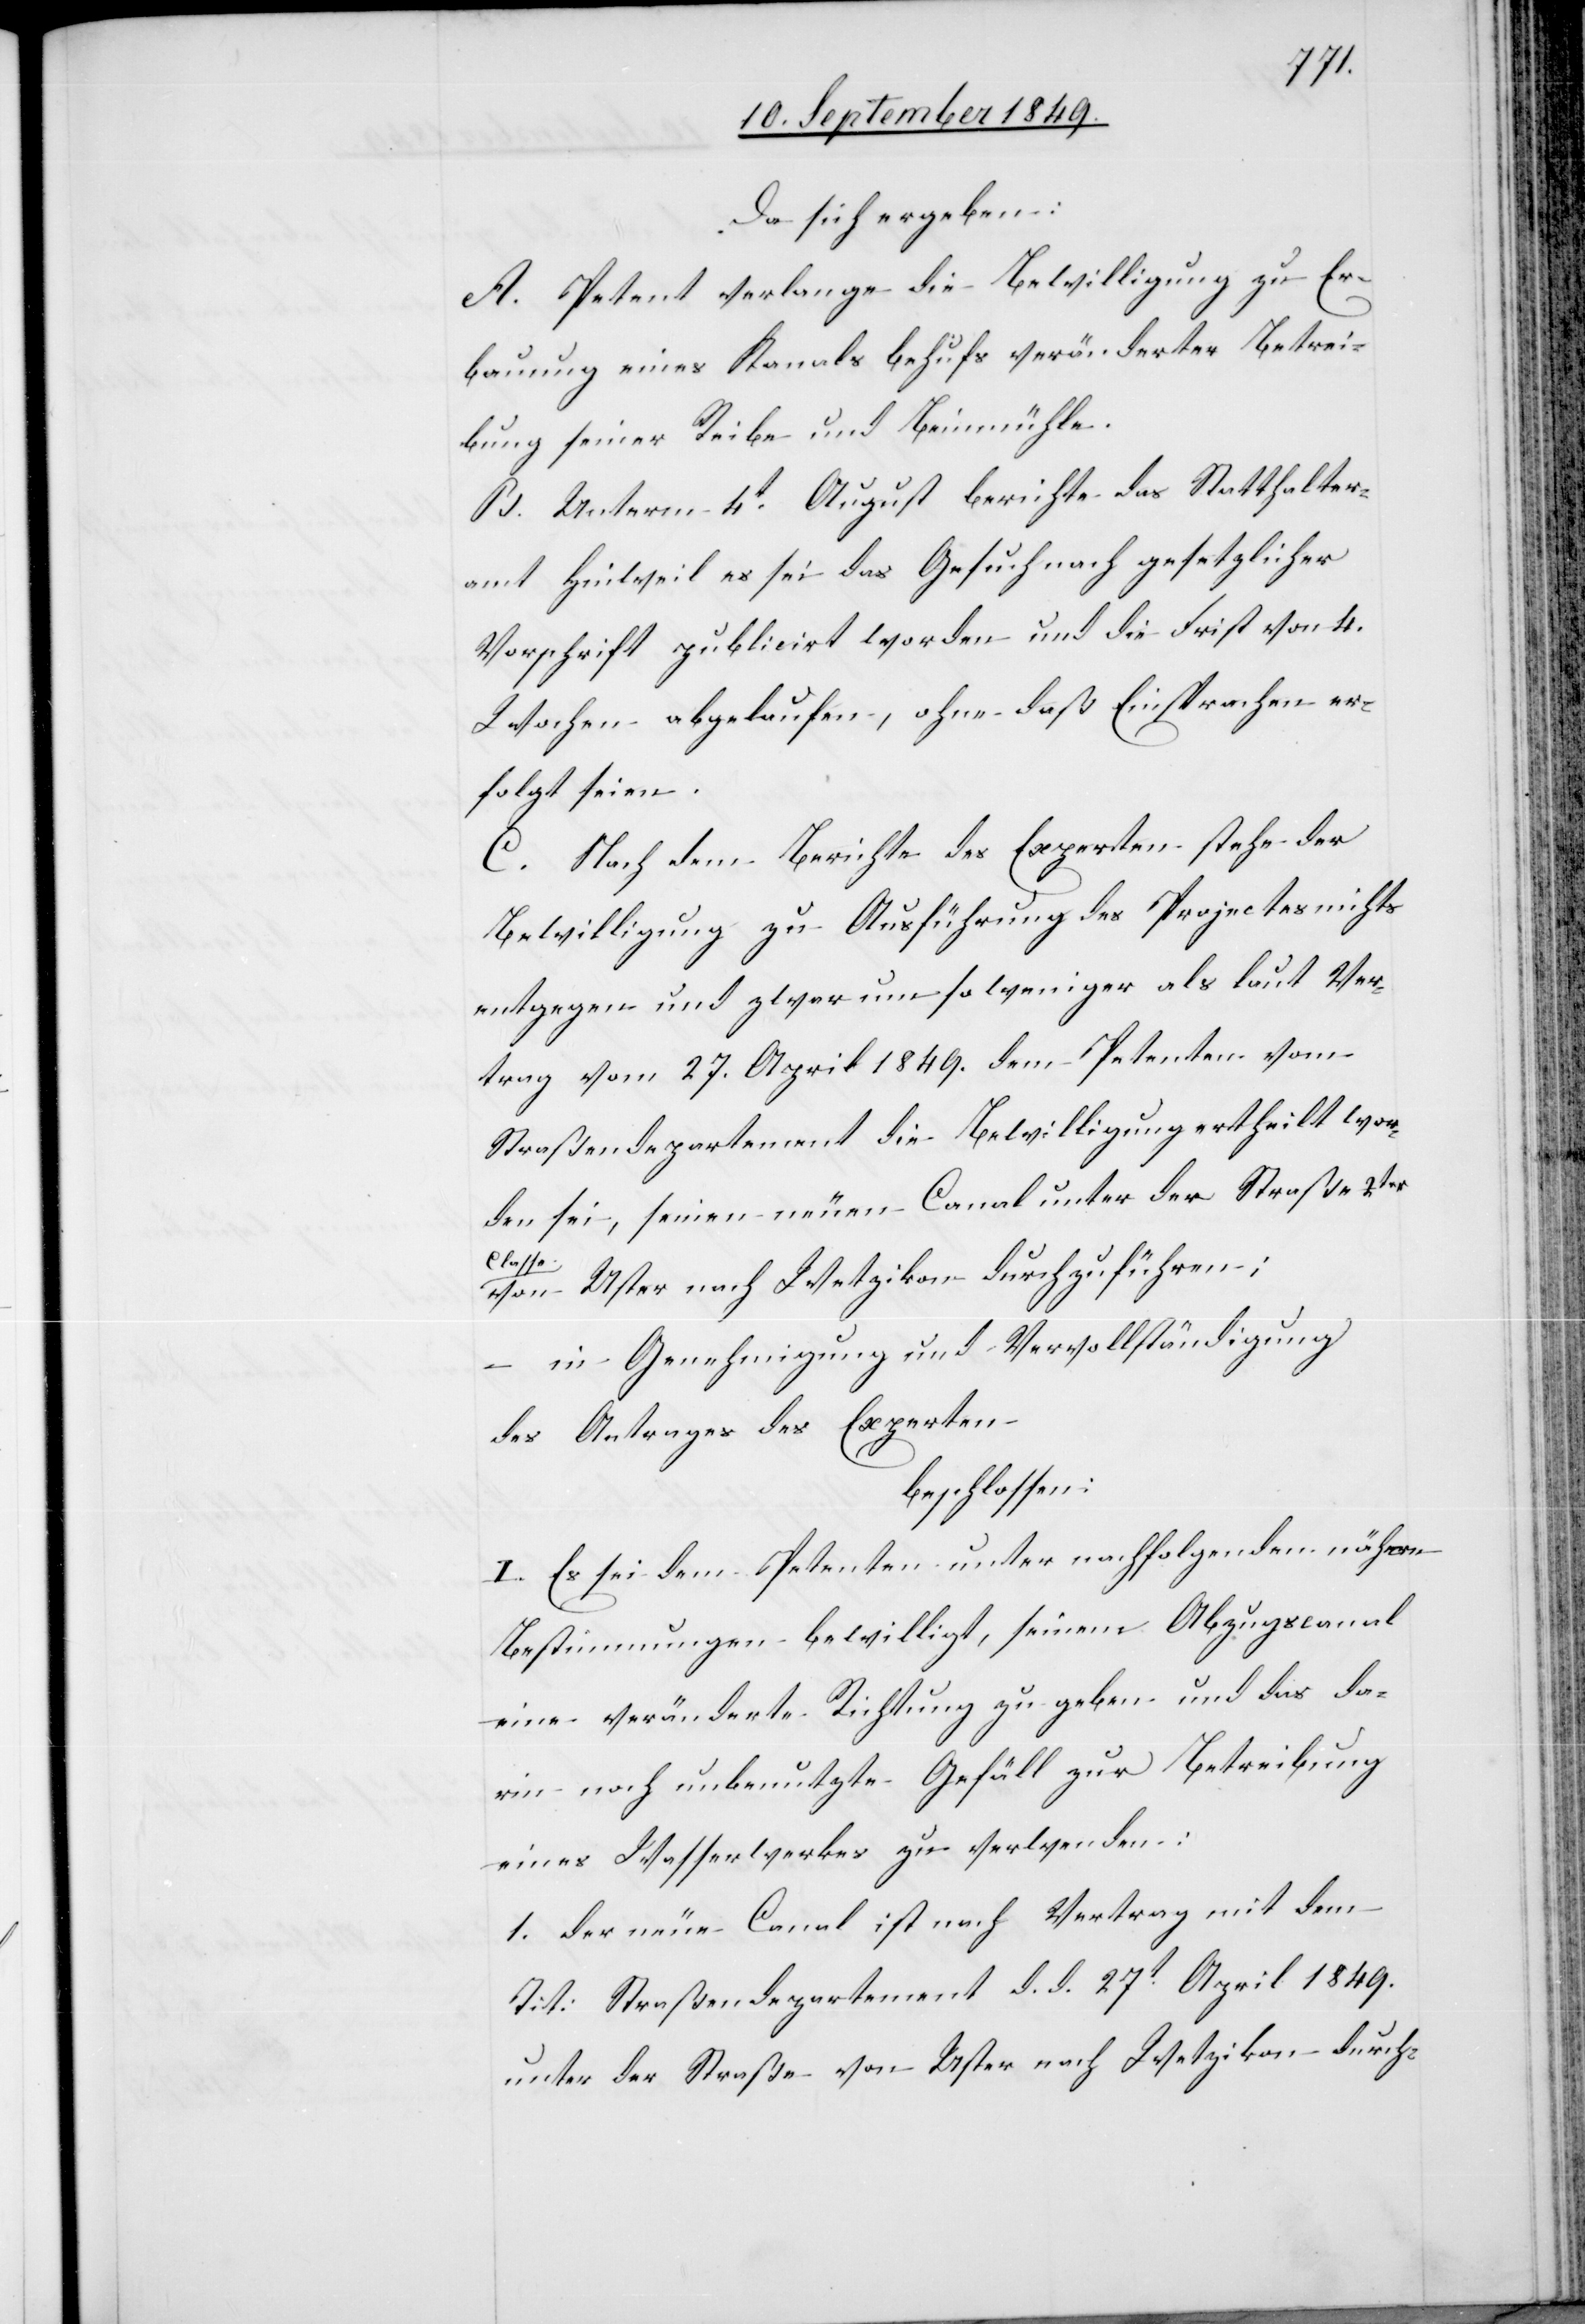
da sich ergeben:
A. Petent verlange die Bewilligung zu Er¬
bauung eines Kanals behufs veränderter Betrei¬
bung seiner Reibe und Beinmühle.
B. Unterm 4t August berichte das Statthalter¬
amt Hinweil es sei das Gesuch nach gesetzlicher
Vorschrift publicirt worden und die Frist von 4.
Wochen abgelaufen, ohne daß Einsprachen er¬
folgt seien.
C. Nach dem Bericht des Experten stehe der
Bewilligung zu Ausführung des Projectes nichts
entgegen und zwar um so weniger als laut Ver¬
trag vom 27. April 1849. dem Petenten vom
Straßendepartement die Bewilligung ertheilt wor¬
den sei, seinen neuen Canal unter der Straße 2ter
von Uster nach Wetzikon durchzuführen;
in Genehmigung und Vervollständigung
des Antrages des Experten
beschlossen:
I. Es sei dem Petenten unter nachfolgenden näheren
Bestimmungen bewilligt, seinem Abzugscanal
eine veränderte Richtung zu geben und das da¬
rin noch unbenutzte Gefäll zur Betreibung
eines Wasserwerkes zu verwenden:
1. Der neue Canal ist nach Vertrag mit dem
Tit: Straßendepartement d. d. 27t April 1849.
unter der Straße von Uster nach Wetzikon durch-